Vaccine operations Central Provinces 1886-1899 - 1886-1899
Year: 1886
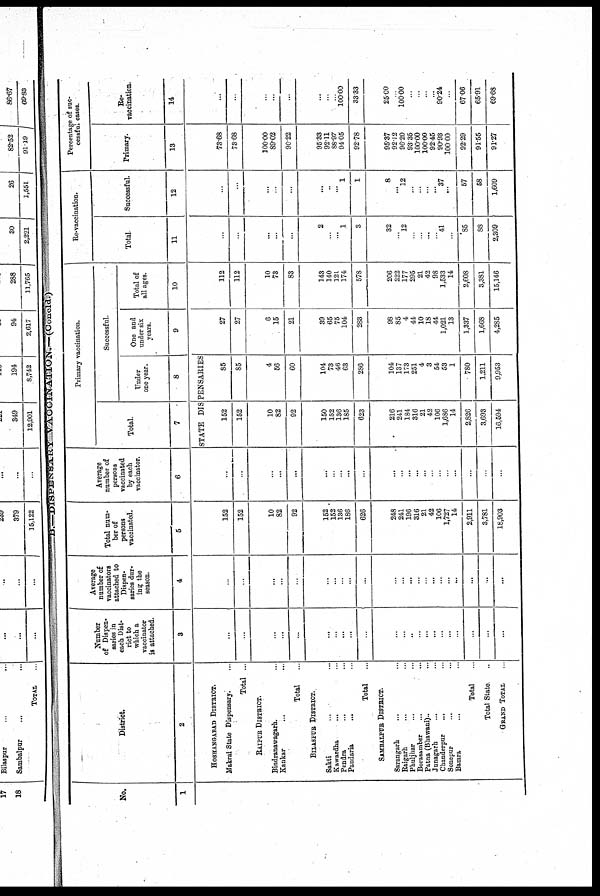
B.—DISPENSARY VACCINATION.—(Concld.)
No.
1
District.
2
HOSHANGABAD DISTRICT.
Makrai State Dispensary. ...
Total ...
RAIPUR DISTRICT.
Bindranawagarh. ...
Kankar ... ...
Total ...
BILASPUR DISTRICT.
Sakti ... ...
Kawardha ... ...
Pendra ... ...
Pandaria ... ...
Total ...
SAMBALPUR DISTRICT.
Sarangarh ... ...
Raigarh ... ...
Phuljhar ... ...
Borasamber ... ...
Patna (Bhawani).. ...
Junagarh ... ...
Chanderpur ... ...
Sonepur ... ...
Bamra ... ...
Total ...
Total State. ...
GRAND TOTAL ...
Number
of Dispen-
saries in
each Dist-
rict to
which a
vaccinator
is attached.
3
...
...
...
...
...
...
...
...
...
...
...
...
...
...
...
...
...
...
...
...
...
...
Average
number of
vaccinators
attached to
Dispen-
saries dur-
ing the
season.
4
...
...
...
...
...
...
...
...
...
...
...
...
...
...
...
...
...
...
...
...
...
...
Total num-
ber of
persons
vaccinated.
5
152
152
10
82
92
152
152
136
186
626
248
241
196
316
21
42
106
1,727
14
2,911
3,781
18,908
Average
number of
persons
vaccinated
by each
vaccinator.
6
...
...
...
...
...
...
...
...
...
...
...
...
...
...
...
...
...
...
...
...
...
...
Primary vaccination.
Total.
7
Successful.
Under
one year.
8
STATE DISPENSARIES
152
152
10
82
92
150
152
136
185
623
216
241
184
316
21
42
106
1,686
14
2,826
3,693
16,594
85
85
4
56
60
104
73
46
63
286
104
137
173
251
4
3
54
53
1
780
1,211
9,953
One and
under six
years.
9
27
27
6
15
21
39
65
75
104
283
98
85
4
44
10
18
44
1,021
13
1,337
1,668
4,285
Total of
all ages.
10
112
112
10
73
83
143
140
121
174
578
206
222
177
295
21
42
98
1,533
14
2,608
3,381
15,146
Re-vaccination.
Total
11
...
...
...
...
...
2
...
...
1
3
32
...
12
...
...
...
...
41
...
85
88
2,309
Successful.
12
...
...
...
...
...
...
...
...
1
1
8
...
12
...
...
...
... 37
...
57
58
1,609
Percentage of suc-
cessful cases.
Primary.
13
73.68
73.68
100.00
89.02
90.22
95.33
92.11
88.97
94.05
92.78
95.37
92.12
96.20
93.35
100.00
100.00
92.45
90.93
100.00
92.29
91.55
91.27
Re-
vaccination.
14
...
...
...
...
...
...
...
...
100.00
33.33
25.00
...
100.00
...
...
...
...
90.24
...
67.06
65.91
69.68